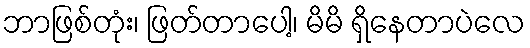
ဘာဖြစ်တုံး၊ ဖြတ်တာပေါ့၊ မိမိ ရှိနေတာပဲလေ